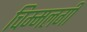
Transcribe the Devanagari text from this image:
चिम्मलगी